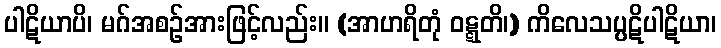
ပါဋိယာပိ၊ မဂ်အစဉ်အားဖြင့်လည်း။ (အာဟရိတုံ ဝဋ္ဋတိ၊) ကိလေသပ္ပဋိပါဋိယာ၊